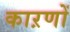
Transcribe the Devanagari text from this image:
काऱणों